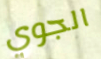
الجوي